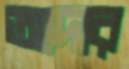
আদার